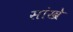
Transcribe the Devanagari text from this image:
सांखे